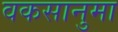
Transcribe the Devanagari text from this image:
वकसानुमा